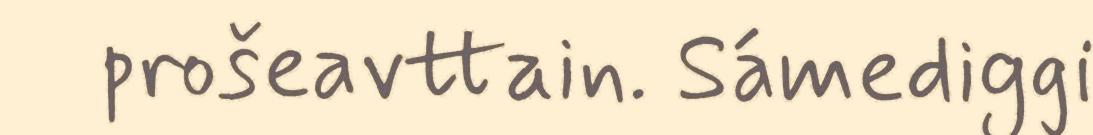
prošeavttain. Sámediggi